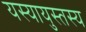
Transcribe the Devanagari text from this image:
यस्यायुस्तस्य